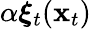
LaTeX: \alpha\boldsymbol{\xi}_{t}({\mathbf{x}}_{t})